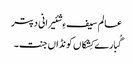
عالم سیف ءِ شئیرانی دپتر
گُبارے کِشکاں کونڈاں جنت۔